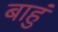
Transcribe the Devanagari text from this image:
बाहुं